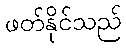
ဖတ်နိုင်သည်